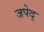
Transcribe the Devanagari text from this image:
जपेद्